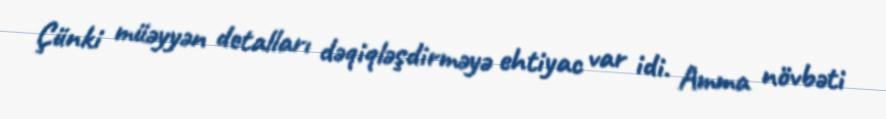
Çünki müəyyən detalları dəqiqləşdirməyə ehtiyac var idi. Amma növbəti